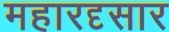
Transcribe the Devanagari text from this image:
महारदृसार